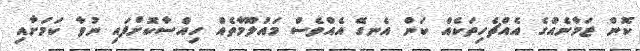
ކޮން ޒަމާނެއްގެ އެއްޗެހިތަކެއް ކަން އެނގޭ އެއްވެސް މައުލޫމާތެއް ހިއްސާކޮށްފައި ނުވާ ކަމަށާއި